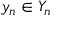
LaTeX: y _ { n } \in Y _ { n }